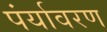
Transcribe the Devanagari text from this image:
पंर्यावरण